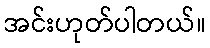
အင်းဟုတ်ပါတယ်။